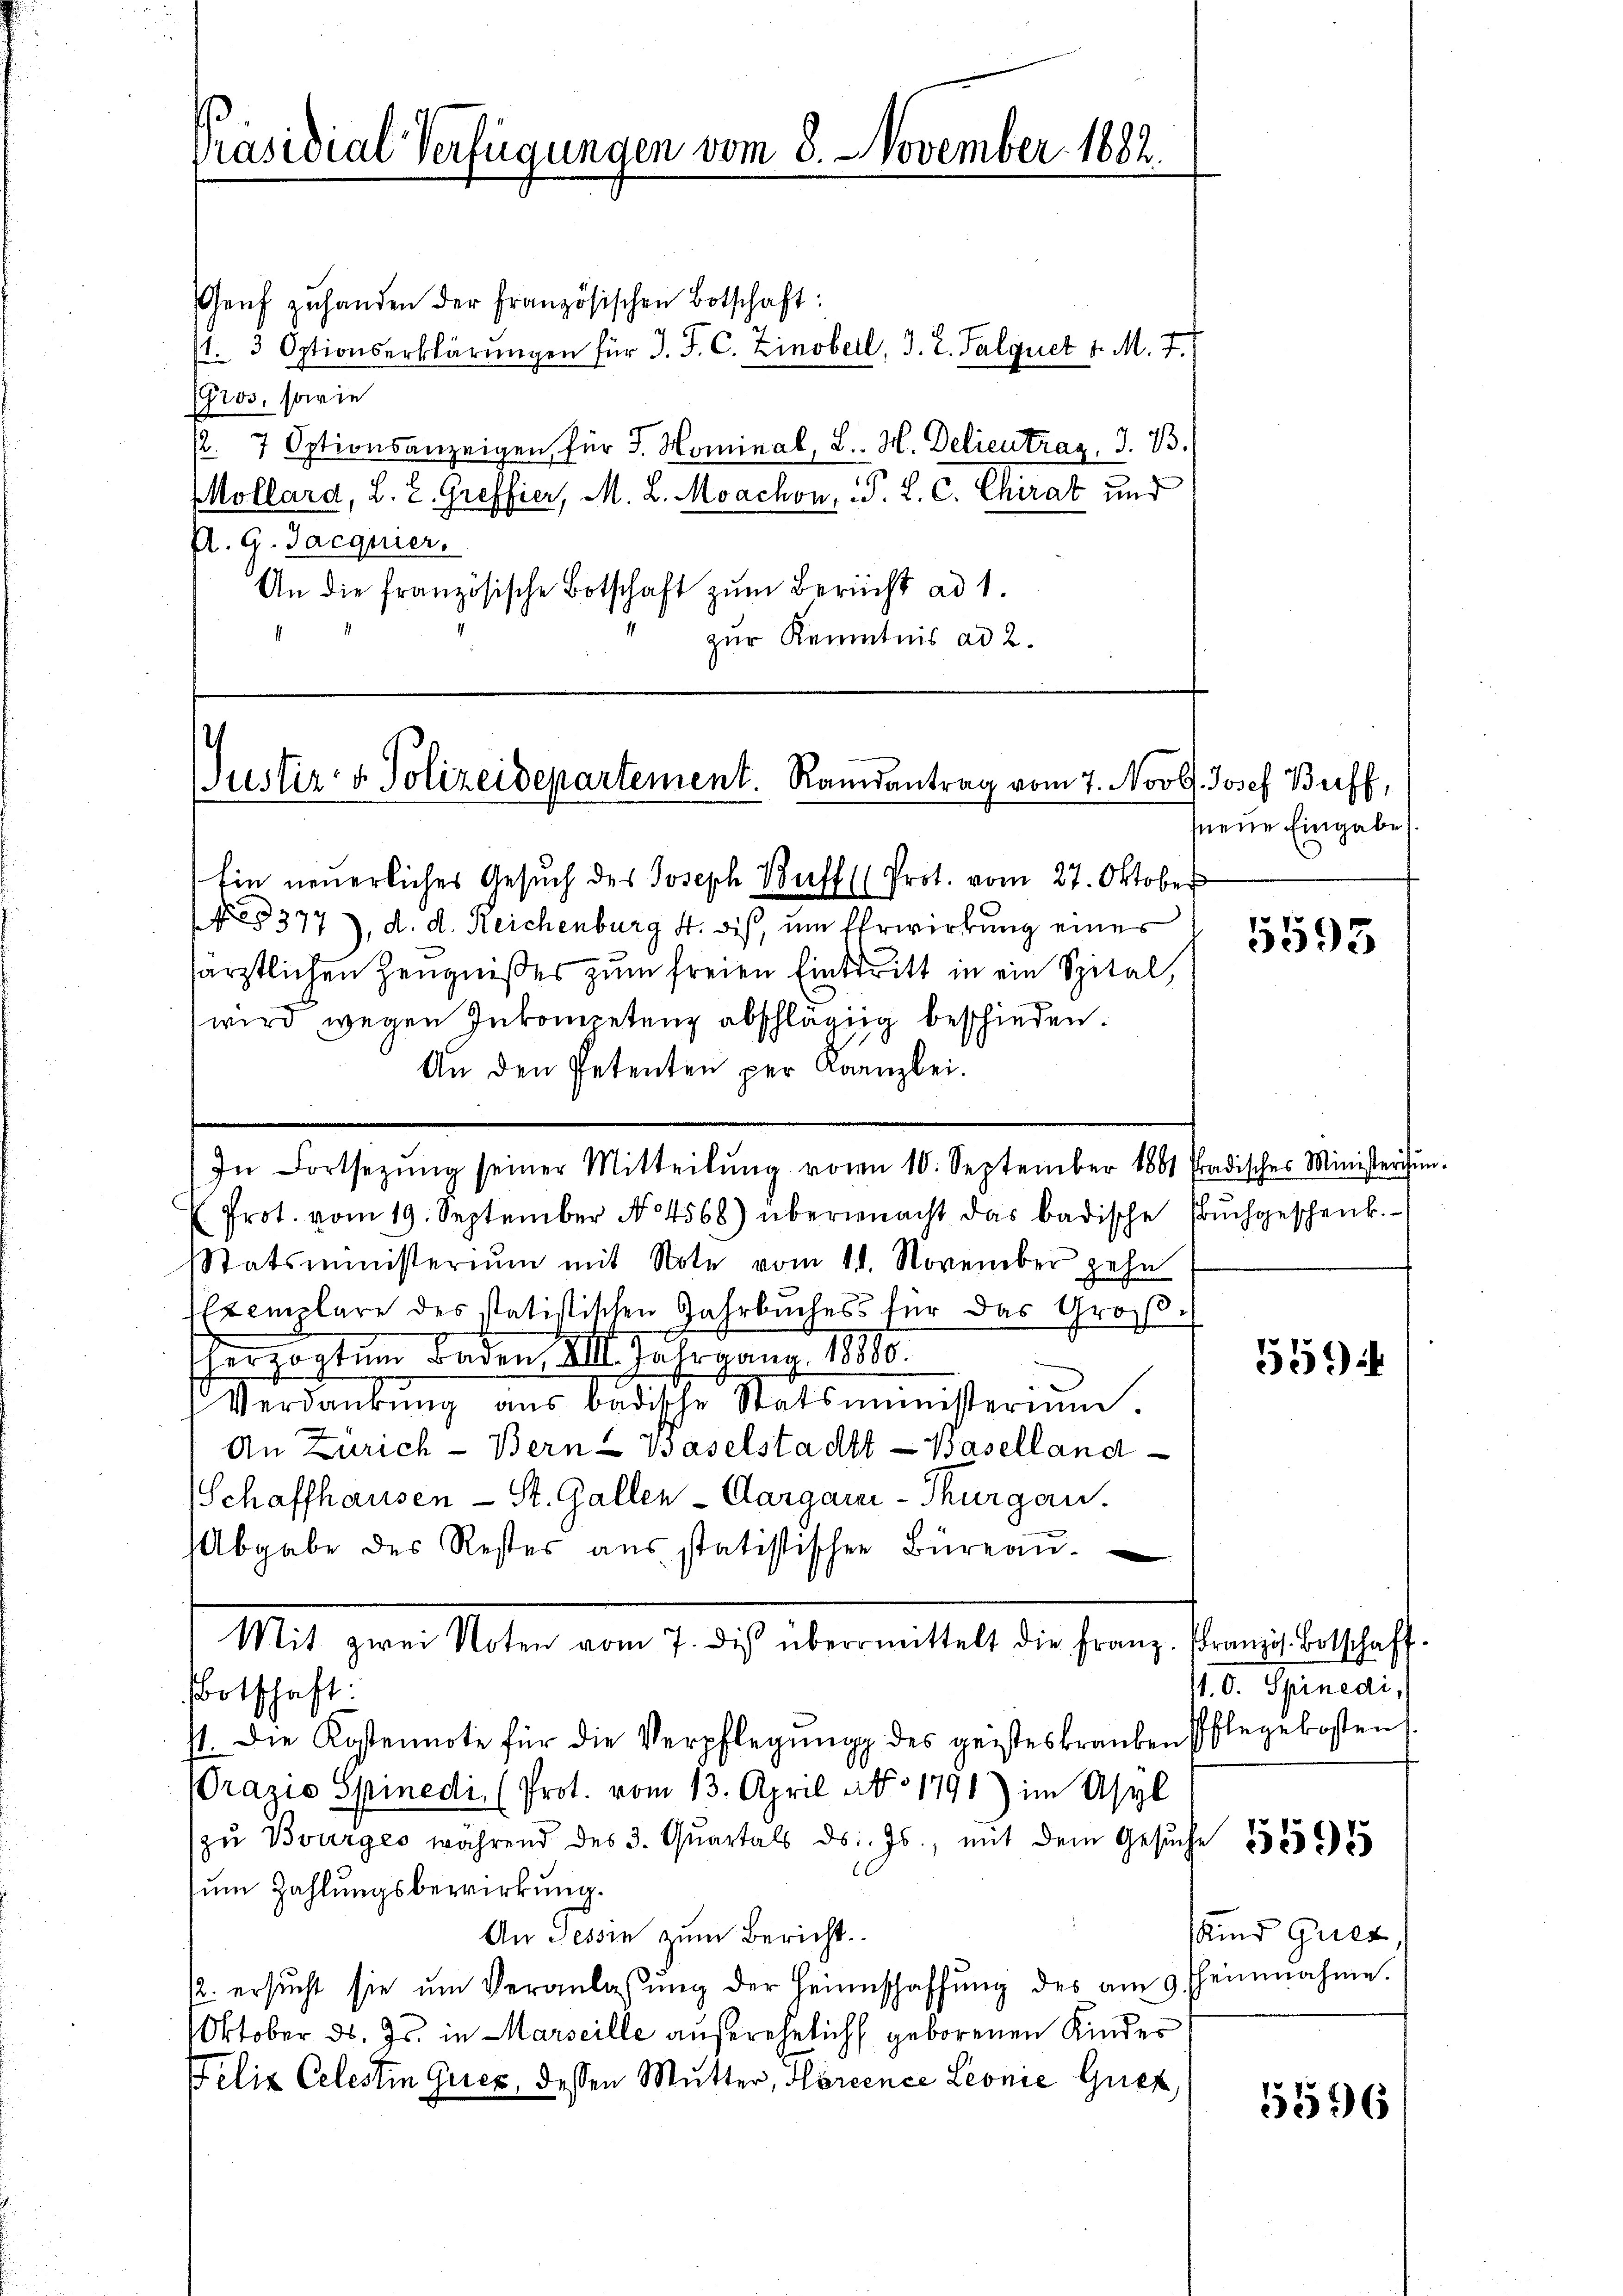
Präsidial-Verfügungen vom 8. November 1882.

Justiz- & Polizeidepartement. Randantrag vom 7. Novb. Josef Buff,

Genf zuhanden der Französischen Botschaft:
s. 3 Optionserklärungen für J. J. C. Zinobell, d. 2. Falquet v. M. T.)
Gros, sowie
. 7 Optionsanzeigen für J. Hominal, B. H. Delieutrag, d. 13.
Mollard, L. 2. Greffier, M. L. Moachon, P. L. C. Chirat und
A. G. Jaegnier.
An die französische Botschaft zum Bericht ad 1.
zur Kenntnis ad 2.

Ein neuerliches Gesuch des Joseph Buff (Prot. vom 27. Oktober
3377), d. d. Reichenburg 4. dis, um Ehrwirkung eines
särztlichen Zeugnißes zum freien Eintritt in ein Spital,
wird, wegen Inkompetenz abschlägig beschieden.
An den Petenten per Kanzlei.
In Fortsetzŭng seiner Mitteilŭng von 10. September 1861 tradisches Ministergen.
Prot. vom 19. September No. 4568) übermacht das badische Bŭchgeschenk.
Statsministerium mit Note vom 11. November zehn
EExemplare des statistischen Jahrbuchess für das Großherzogtum Baden 11. Jahrgang 1810.
Verdankŭng aŭs badische Statsministerium.
An Zürich - Bern & Baselstadtt-Baselland
Schaffhausen - St. Gallen-Aargaui-Thurgau.
Abgabe des Rester aus statistischen Büreau-
Mit zwei Noten vom 7. des übermittelt die Franz. Französ. Botschaft.
Botschaft.
st. Die Kostennote für die Verpflegŭng des geisteskranken Pflegekosten
Prazio Spinedi, (Prot. vom 13. April No 1791) im Asyl
zŭ Bourges während des 3. Qŭartals ds. Js., mit dem Gesŭche
Zum Zahlungsbewirkung.
An Tessin zum Bericht.
2. ersŭcht sie ŭm Veranlassŭng der Heimschaffŭng des am 9. heinahme.
Oktober d. Js. in Marseille außerehelich geborenen Kinder
Felix Celestin Gries, dessen Mutter, Flörcence Leonie Guez

neue Eingabe.

5593

551)

1. d. Spineai,
Kind Griez

5596